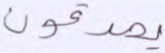
يصدقون